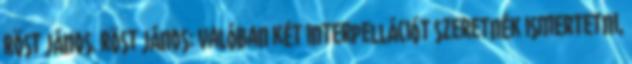
Röst János. Röst János: Valóban két interpellációt szeretnék ismertetni,